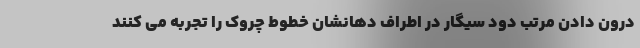
درون دادن مرتب دود سیگار در اطراف دهانشان خطوط چروک را تجربه می کنند